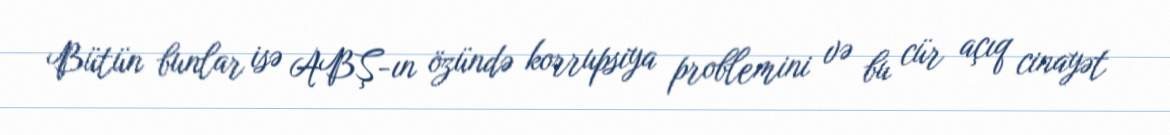
Bütün bunlar isə ABŞ-ın özündə korrupsiya problemini və bu cür açıq cinayət